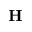
\mathbf { H }